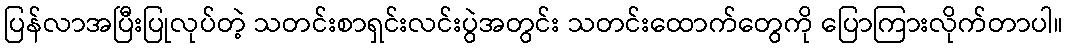
ပြန်လာအပြီးပြုလုပ်တဲ့ သတင်းစာရှင်းလင်းပွဲအတွင်း သတင်းထောက်တွေကို ပြောကြားလိုက်တာပါ။